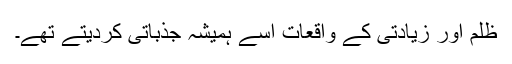
ظلم اور زیادتی کے واقعات اسے ہمیشہ جذباتی کردیتے تھے۔